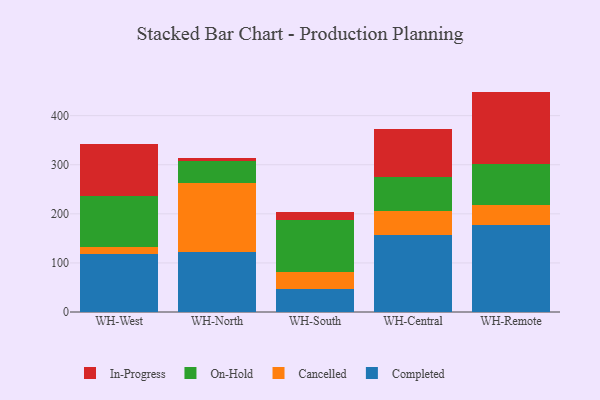
{"axis": {"x": "Warehouse", "y": "Churn Rate (%)"}, "legend": ["Cancelled", "Completed", "In-Progress", "On-Hold"], "data": [{"x": "WH-West", "y": 118.9, "type": "Completed"}, {"x": "WH-West", "y": 14.5, "type": "Cancelled"}, {"x": "WH-West", "y": 102.2, "type": "On-Hold"}, {"x": "WH-West", "y": 106.1, "type": "In-Progress"}, {"x": "WH-North", "y": 122.7, "type": "Completed"}, {"x": "WH-North", "y": 139.4, "type": "Cancelled"}, {"x": "WH-North", "y": 46.3, "type": "On-Hold"}, {"x": "WH-North", "y": 5.3, "type": "In-Progress"}, {"x": "WH-South", "y": 45.9, "type": "Completed"}, {"x": "WH-South", "y": 34.9, "type": "Cancelled"}, {"x": "WH-South", "y": 107.1, "type": "On-Hold"}, {"x": "WH-South", "y": 15.3, "type": "In-Progress"}, {"x": "WH-Central", "y": 156.4, "type": "Completed"}, {"x": "WH-Central", "y": 48.6, "type": "Cancelled"}, {"x": "WH-Central", "y": 69.7, "type": "On-Hold"}, {"x": "WH-Central", "y": 97.3, "type": "In-Progress"}, {"x": "WH-Remote", "y": 176.3, "type": "Completed"}, {"x": "WH-Remote", "y": 42.6, "type": "Cancelled"}, {"x": "WH-Remote", "y": 83.2, "type": "On-Hold"}, {"x": "WH-Remote", "y": 146.9, "type": "In-Progress"}]}